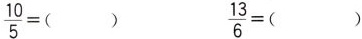
$$\frac { 1 0 } { 5 } = ( )$$ $$\frac { 1 3 } { 6 } = ( )$$